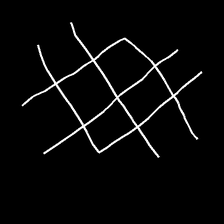
Glyph: crystal